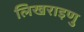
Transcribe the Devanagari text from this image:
लिखराइणु